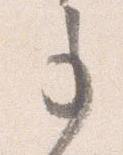
事